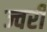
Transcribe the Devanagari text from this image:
ज्वरी